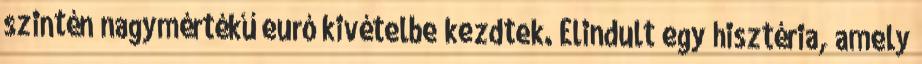
szintén nagymértékű euró kivételbe kezdtek. Elindult egy hisztéria, amely